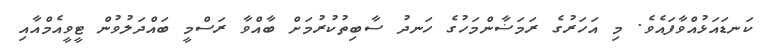
ކަނޑައަޅުއްވާފައެވެ. މި އަހަރުގެ ރަމަޟާންމަހުގެ ހަނދު ސާބިތުކުރުމަށް ބާއްވާ ރަސްމީ ބައްދަލުވުން ޓީވީއެމްއާއި